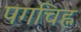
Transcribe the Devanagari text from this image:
पगचिह्न